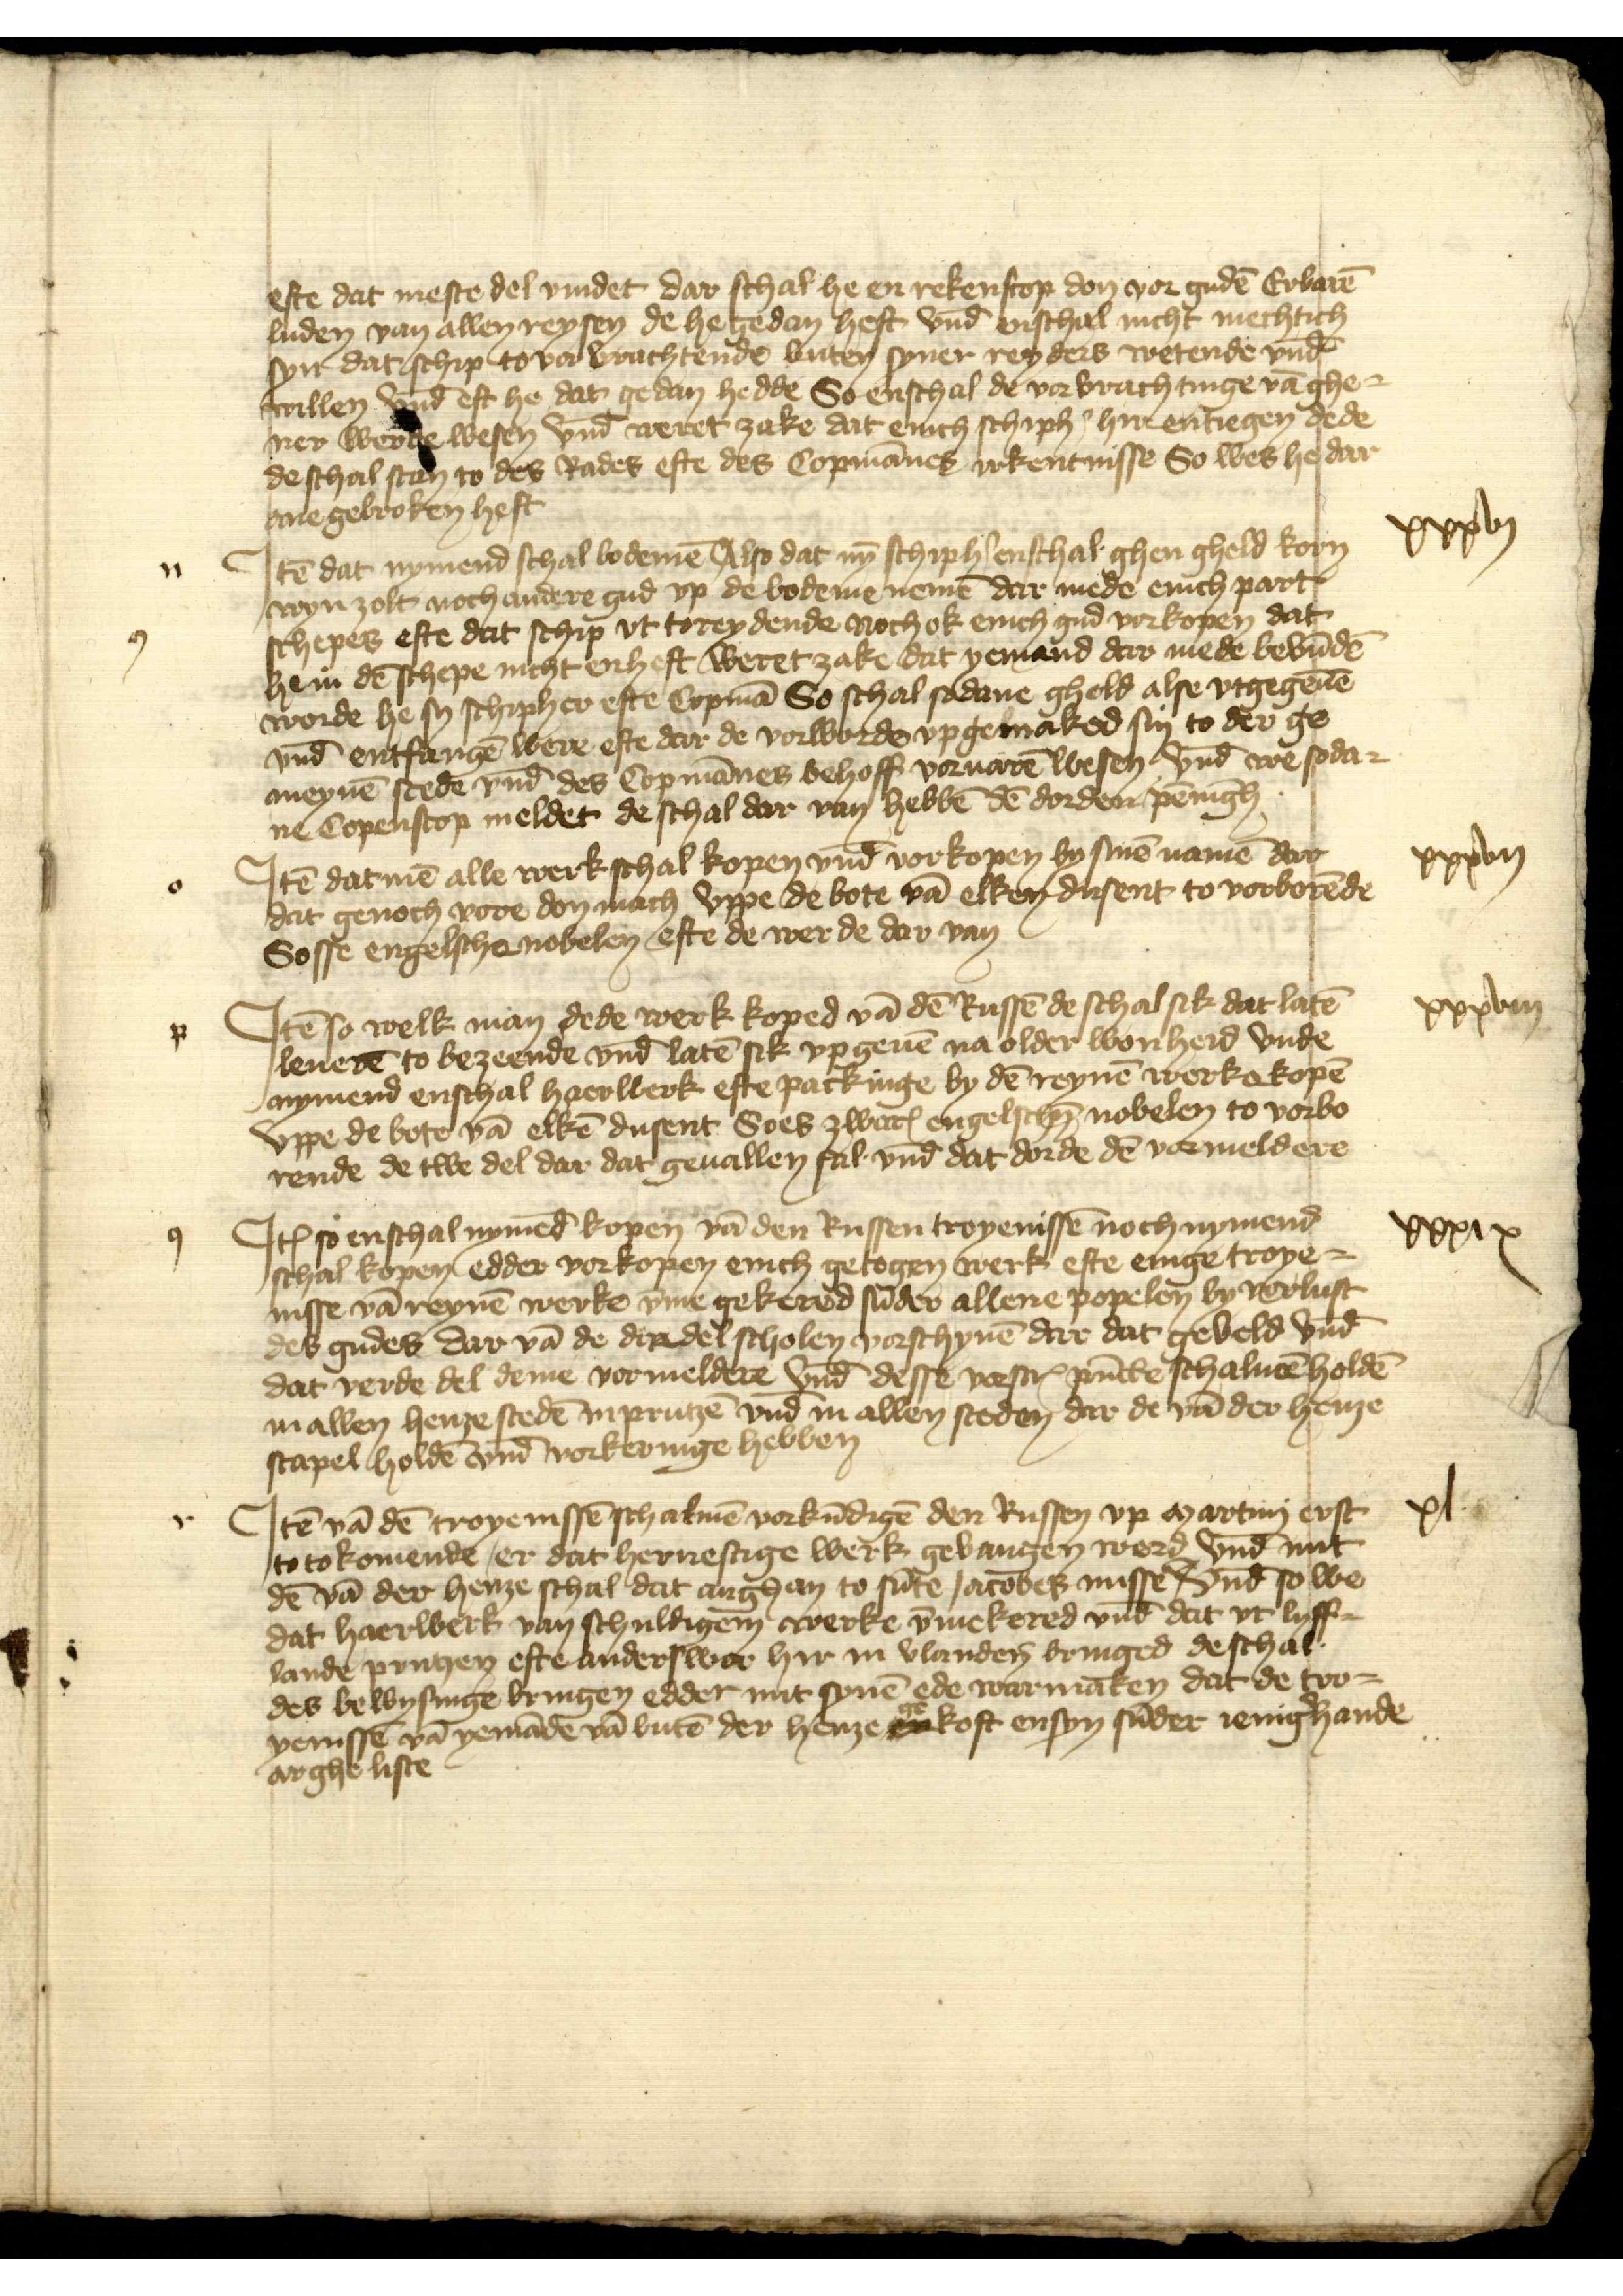
efte dat meste del vindet dar schal he en rekenscop don vor gudē Erbarē
luden van allen reysen de he gedan heft vnd̄ schal nicht mechtich
syn dat schip to vor vrachtende buten syner reyders wetende vnd̄
willen vnd̄ eft he dat gedan hedde So enschal de vorvrachtinge vā ghe¬
ner werue wesen vnd̄ weret zake dat enich schiph̉ hir entiegen dede
de schal stan to des Rades efte des Copmānes irkentnisse So wes he dar
ane gebroken heft

n

Jtē dat nymend schal bodemē Also dat nȳ schiph̉ enschal ghen gheld korn
wen zolt noch andere gud vp de bodeme nemē dar mede enich part
schepes efte dat schip vt toreydende noch ok enich gud vorkopen dat
he in dē schepe nicht enheft, weret zake dat yemand dar mede bevūdē
worde he sy schipher efte Copmā So schal sodane gheld alse vtgegeuē
vnd̄ entfangē were efte dar de vorworde vp gemaked sin to der ge¬
meynē stede vnd̄ des Copmānes behoff voruarē wesen vnd̄ we soda¬
ne Copenscop meldet de schal dar van hebbē dē dorden pēnīgh

xxxvij

o

Jtē datmē alle werkschal kopen vnd̄ vorkopen by sinē namē dar
dat genoch vore don mach vppe de bote vā elken dusent to vorborēde
Sosse engelsche nobelen efte de werde dar van

xxxvij

p

Jtē so welk man dede werk koped vā dē Russē de schal sik dat latē
lenerē to bezeende vnd̄ latē sik vpp geuē na older wonheid vnde
nymend enschal haerwerk efte packinge by dē reynē werke kopē
vppe de botē vā elkē dusent Soes zwarꝬ engelschē nobelen to vorbo¬
rende de twe del dar dat geuallen sal vnd̄ dat dorde dē vormeldere

xxxviij

q

Jꝷ so enschal nymēd kopē vā den Russen treyenisse noch nymend
schal kopen edder vorkopen enich getogen werk efte enige troye¬
nisse vā reynē werke v̄me gekered sīder allerie popelen by vorlust
des gudes dar vā de dordel scholen vorschynē dar dat geveld vnd̄
dat verde del deme vormeldere vnd̄ desse vorscrꝬ pūcte schalmē holdē
in allen henze stedē in Prutzē vnd̄ in allen steden dar de vā der henze
stapel holdē vnd̄ vorkeringe hebben

xxxix

r

Jtē vā dē troyenissē schalmē vorkūdigē den Russen vp martinj erst
to tokomende, er dat hernestige werk gevangen werd vnd̄ mit
dē vā der henze schal dat anghan to sūte Jacobes misse, Vnd̄ so we
dat haerwerk van schuldigem werke v̄mekered vnd̄ dat vt Lyff¬
lande Prutzen efte anders wor hir in Vlandẻn bringed de schal
des bewysinge bringen edder mit synē ede war maken dat de tro¬
yenissē vā yemāde vā butē der henze gekoft ensyn sūder ienig̉hande
argheliste

xl